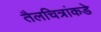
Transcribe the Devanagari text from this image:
तैलचित्रांकडे